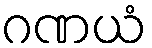
ဂဏယံ